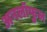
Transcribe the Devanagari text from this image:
अनलॉफुल